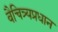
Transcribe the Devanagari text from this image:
वैचित्र्यप्रधान